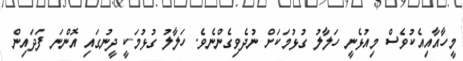
މީހާއާއިއެކުވެސް މިއުޅެނީ ހަލާލު ގުޅުމަކަށް ނުދެވިގެންނެވެ. ހަލާލު ގުޅުމަކީ ދީނުގައި އޮންނަ ފަދައިން